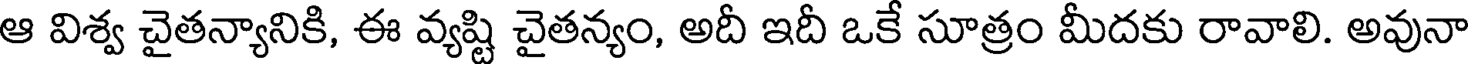
ఆ విశ్వ చైతన్యానికి, ఈ వ్యష్టి చైతన్యం, అదీ ఇదీ ఒకే సూత్రం మీదకు రావాలి. అవునా